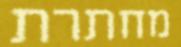
מחתרת